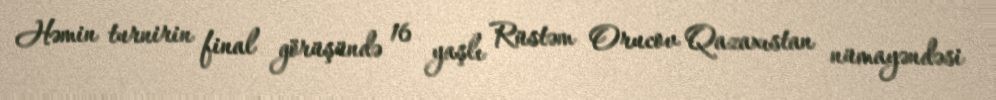
Həmin turnirin final görüşündə 16 yaşlı Rüstəm Orucov Qazaxıstan nümayəndəsi